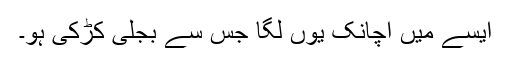
ایسے میں اچانک یوں لگا جس سے بجلی کڑکی ہو۔